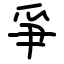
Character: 爭